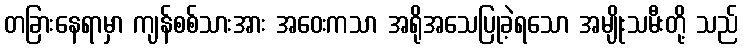
တခြားနေရာမှာ ကျန်စစ်သားအား အဝေးကသာ အရိုအသေပြုခဲ့ရသော အမျိုးသမီးတို့ သည်